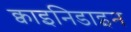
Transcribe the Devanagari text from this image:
क्वाइनिडाइन